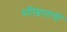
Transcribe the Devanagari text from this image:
प्रतिष्ठातायों